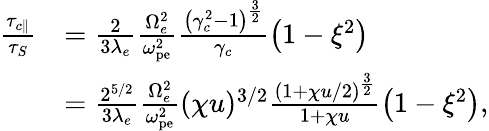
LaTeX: \begin{array}{rl}{\frac{\tau_{c\parallel}}{\tau_{S}}}&{=\frac{2}{3\lambda_{e}}\frac{\Omega_{e}^{2}}{\omega_{\textrm{pe}}^{2}}\frac{\left(\gamma_{c}^{2}-1\right)^{\frac{3}{2}}}{\gamma_{c}}\left(1-\xi^{2}\right)}\\ &{=\frac{2^{5/2}}{3\lambda_{e}}\frac{\Omega_{e}^{2}}{\omega_{\textrm{pe}}^{2}}(\chi u)^{3/2}\frac{\left(1+\chi u/2\right)^{\frac{3}{2}}}{1+\chi u}\left(1-\xi^{2}\right),}\end{array}